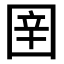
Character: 𭍤